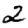
Digit: 2